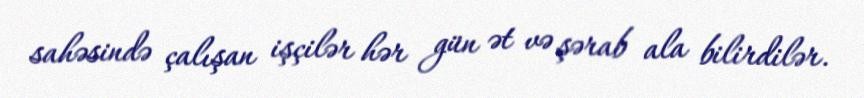
sahəsində çalışan işçilər hər gün ət və şərab ala bilirdilər.